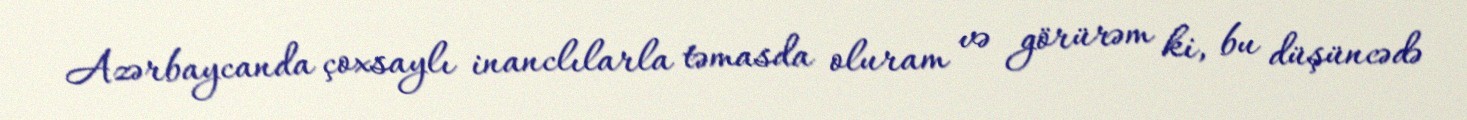
Azərbaycanda çoxsaylı inanclılarla təmasda oluram və görürəm ki, bu düşüncədə